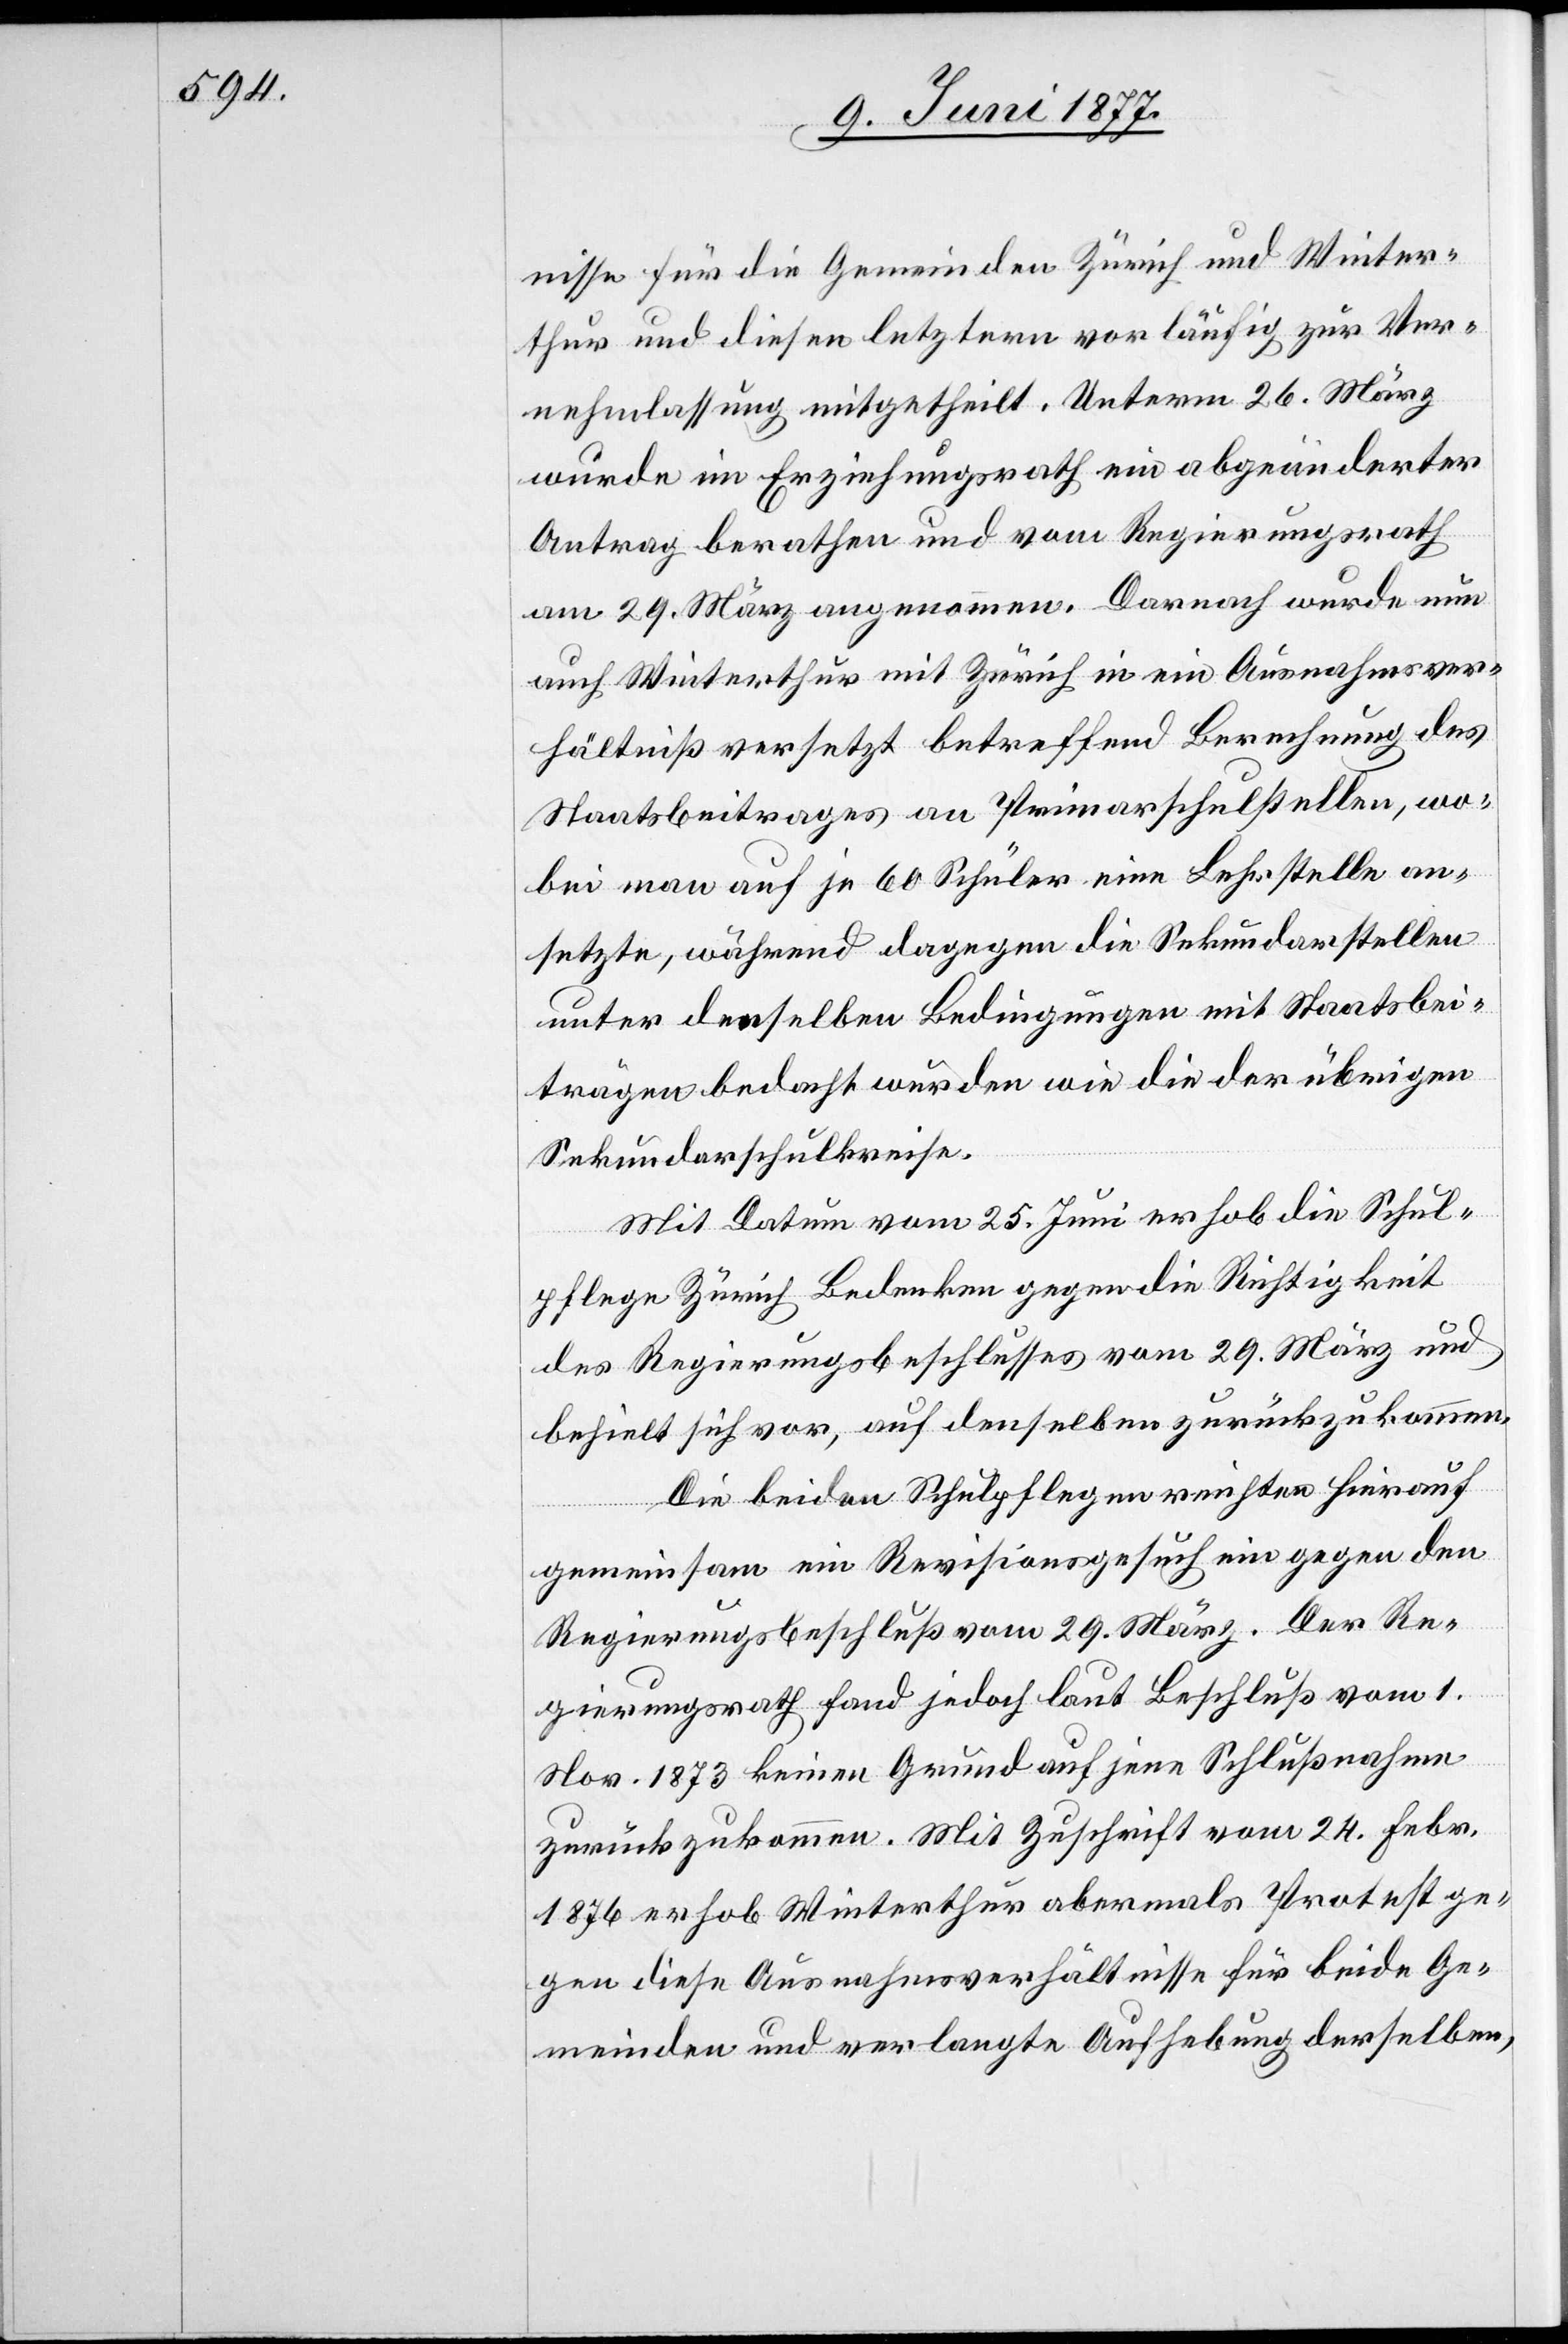
nisse für die Gemeinden Zürich und Winter¬
thur und diesen letztern vorläufig zur Ver¬
nehmlassung mitgetheilt. Unterm 26. März
wurde im Erziehungsrath ein abgeänderter
Antrag berathen und vom Regierungsrath
am 29. März angenommen. Darnach wurde nun
auch Winterthur mit Zürich in ein Ausnahmsver¬
hältniß versetzt betreffend Berechnung des
Staatsbeitrages an Primarschulstellen, wo¬
bei man auf je 60 Schüler eine Lehrstelle an¬
setzte, während dagegen die Sekundarstellen
unter denselben Bedingungen mit Staatsbei¬
trägen bedacht wurden wie die der übrigen
Sekundarschulkreise.
Mit Datum vom 25. Juni erhob die Schul¬
pflege Zürich Bedenken gegen die Richtigkeit
des Regierungsbeschlusses vom 29. März und
behielt sich vor, auf denselben zurückzukommen.
Die beiden Schulpflegen reichten hierauf
gemeinsam ein Revisionsgesuch ein gegen den
Regierungsbeschluß vom 29. März. Der Re¬
gierungsrath fand jedoch laut Beschluß vom 1.
Nov. 1873 keinen Grund auf jene Schlußnahme
zurückzukommen. Mit Zuschrift vom 24. Febr.
1876 erhob Winterthur abermals Protest ge¬
gen diese Ausnahmsverhältnisse für beide Ge¬
meinden und verlangte Aufhebung derselben,